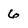
Character: 6